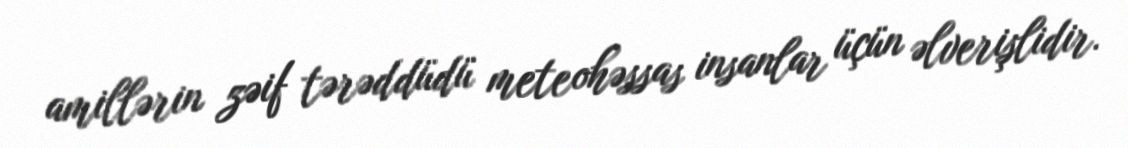
amillərin zəif tərəddüdü meteohəssas insanlar üçün əlverişlidir.